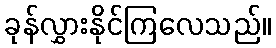
ခုန်လွှားနိုင်ကြလေသည်။